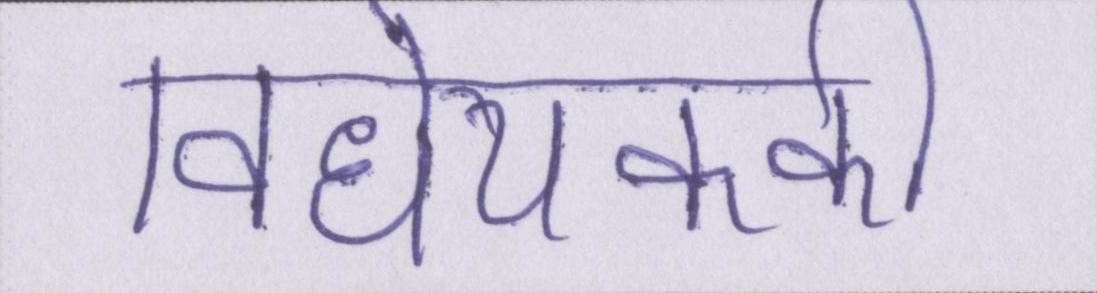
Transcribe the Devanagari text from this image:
विधेयककी